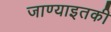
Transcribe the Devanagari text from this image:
जाण्याइतकी